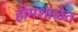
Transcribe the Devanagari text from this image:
होमशाळेत